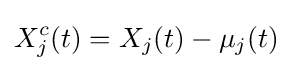
X_{j}^{c}(t)=X_{j}(t)-\mu _{j}(t)